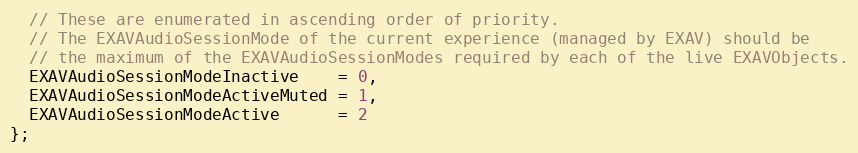
Language: C
  // These are enumerated in ascending order of priority.
  // The EXAVAudioSessionMode of the current experience (managed by EXAV) should be
  // the maximum of the EXAVAudioSessionModes required by each of the live EXAVObjects.
  EXAVAudioSessionModeInactive    = 0,
  EXAVAudioSessionModeActiveMuted = 1,
  EXAVAudioSessionModeActive      = 2
};